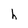
Character: h